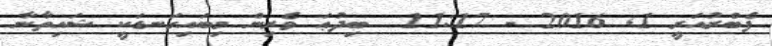
ފެބްރުއަރީ 1